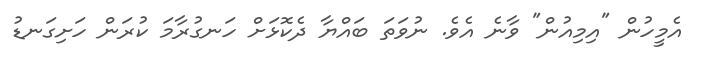
އެމީހުން "އިމިއުން" ވާނެ އެވެ. ނުވަތަ ބައްޔާ ދެކޮޅަށް ހަނގުރާމަ ކުރަން ހަށިގަނޑު